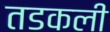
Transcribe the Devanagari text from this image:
तडकली